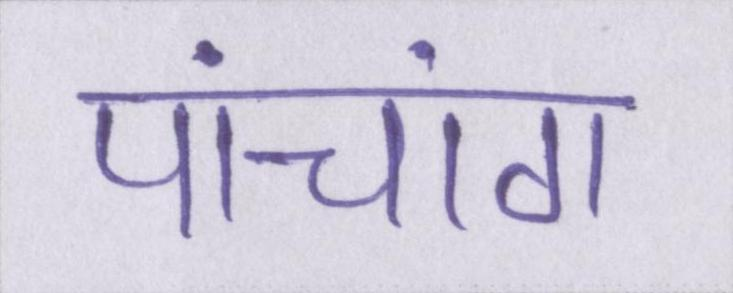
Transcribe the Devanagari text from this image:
पांचांग